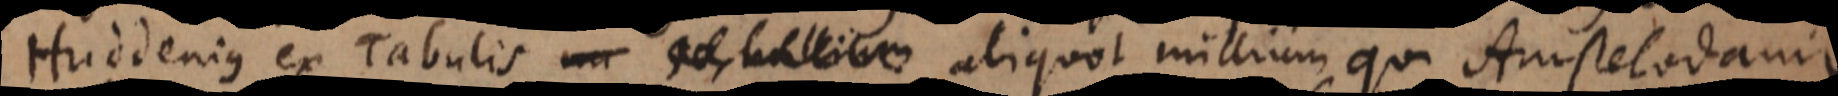
Huddenius ex Tabulis aliquot millium qui Amstelodami